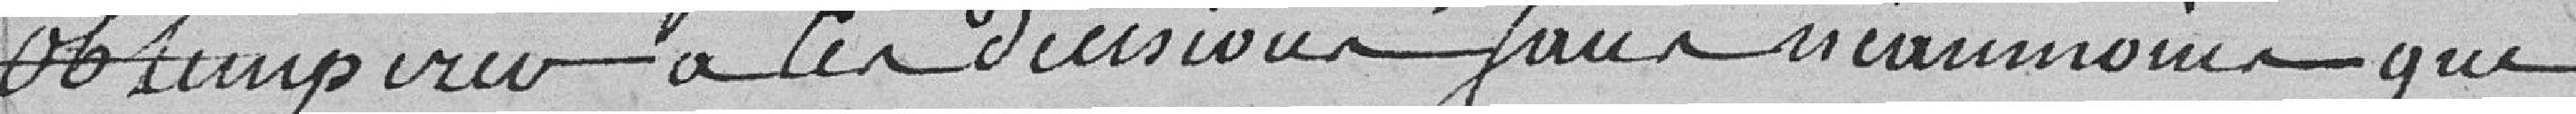
obtempérer à la décision sans néanmoins que